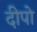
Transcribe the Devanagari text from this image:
दीपो